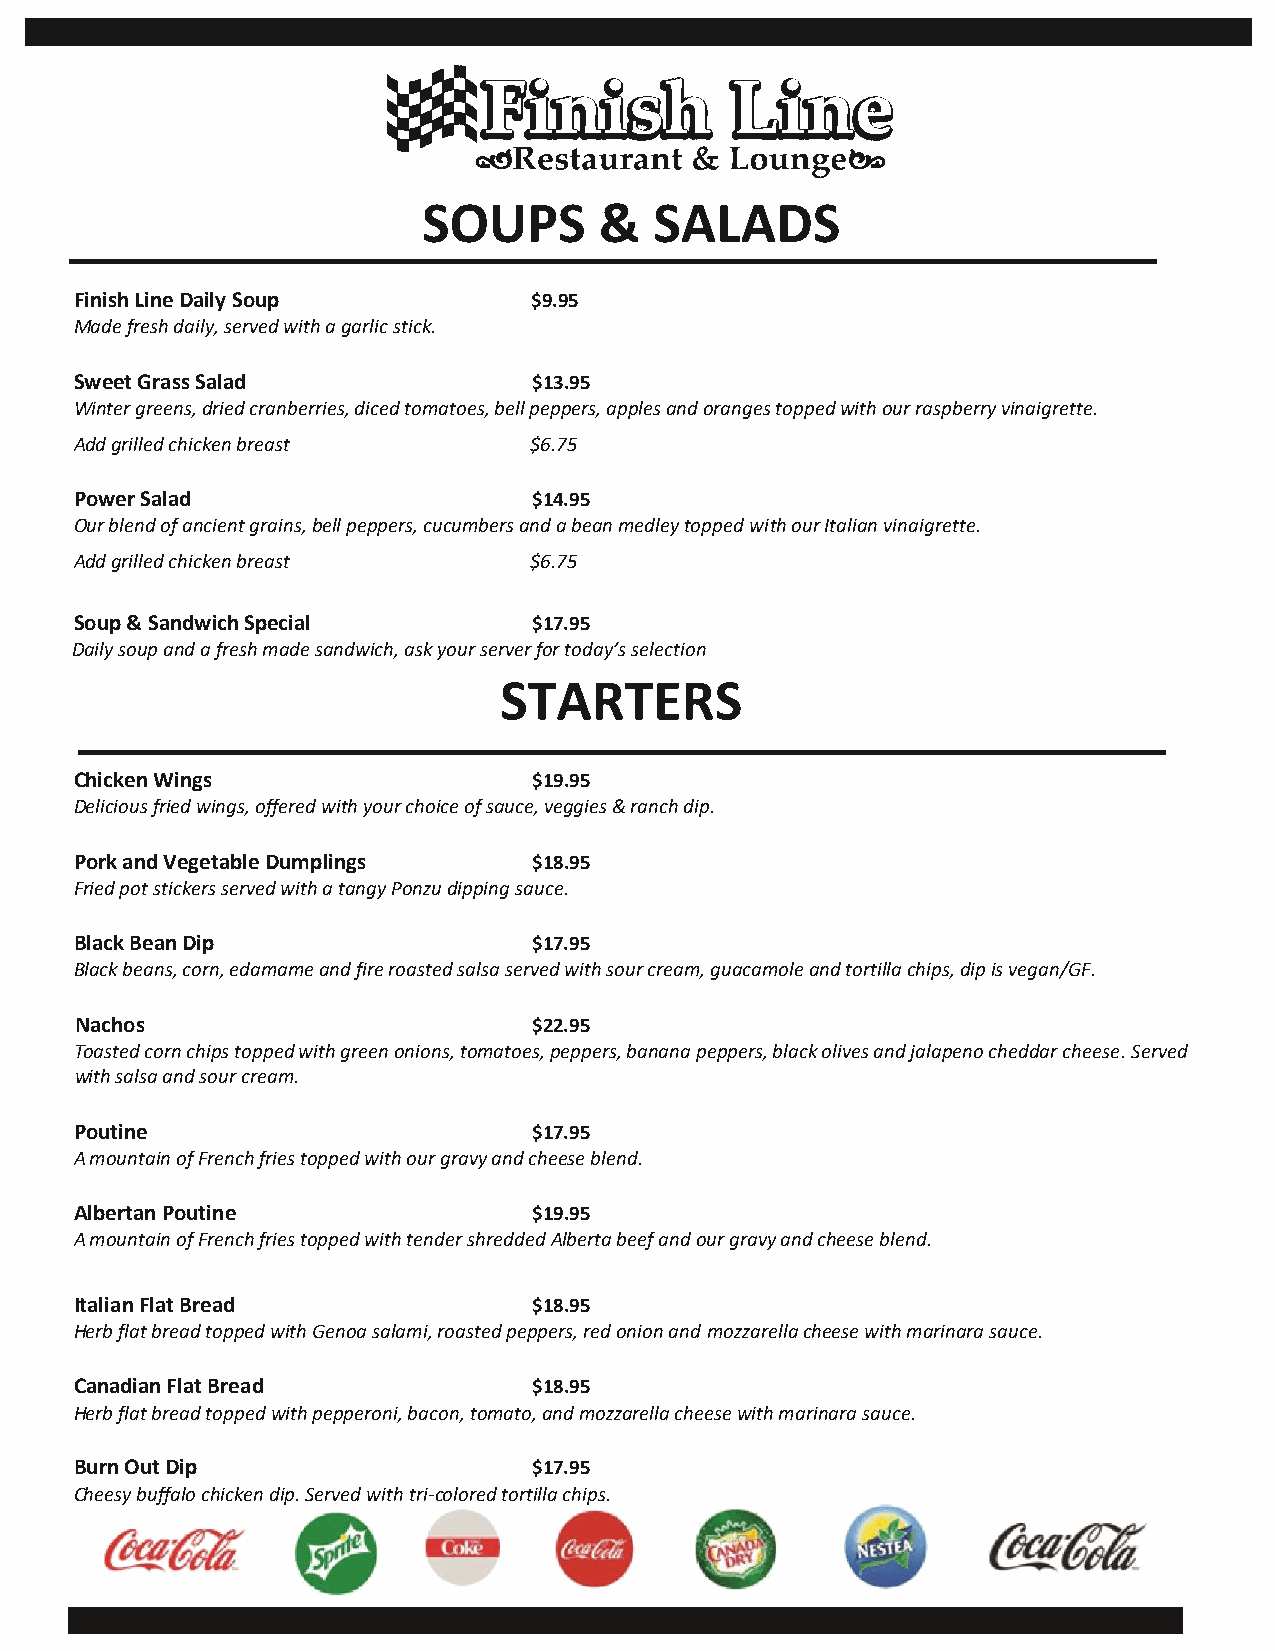
SOUPS       &  SALADS
 Finish Line Daily Soup        $9.95
 Made fresh daily, served with a garlic stick.
 Sweet Grass Salad             $13.95
 Winter greens, dried cranberries, diced tomatoes, bell peppers, apples and oranges topped with our raspberry vinaigrette.
 Add grilled chicken breast    $6.75
 Power Salad                   $14.95
 Our blend of ancient grains, bell peppers, cucumbers and a bean medley topped with our Italian vinaigrette.
 Add grilled chicken breast    $6.75
 Soup & Sandwich Special       $17.95
 Daily soup and a fresh made sandwich, ask your server for today’s selection
 STARTERS
 Chicken Wings                 $19.95
 Delicious fried wings, offered with your choice of sauce, veggies & ranch dip.
 Pork and Vegetable Dumplings  $18.95
 Fried pot stickers served with a tangy Ponzu dipping sauce.
 Black Bean Dip                $17.95
 Black beans, corn, edamame and fire roasted salsa served with sour cream, guacamole and tortilla chips, dip is vegan/GF.
 Nachos                        $22.95
 Toasted corn chips topped with green onions, tomatoes, peppers, banana peppers, black olives and jalapeno cheddar cheese. Served
 with salsa and sour cream.
 Poutine                       $17.95
 A mountain of French fries topped with our gravy and cheese blend.
 Albertan Poutine              $19.95
 A mountain of French fries topped with tender shredded Alberta beef and our gravy and cheese blend.
 Italian Flat Bread            $18.95
 Herb flat bread topped with Genoa salami, roasted peppers, red onion and mozzarella cheese with marinara sauce.
 Canadian Flat Bread           $18.95
 Herb flat bread topped with pepperoni, bacon, tomato, and mozzarella cheese with marinara sauce.
 Burn Out Dip                  $17.95
 Cheesy buffalo chicken dip. Served with tri-colored tortilla chips.